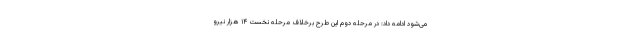
می‌شود ادامه داد: در مرحله دوم این طرح برخلاف مرحله نخست ۱۴ هزار نیرو